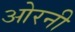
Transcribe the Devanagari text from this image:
ओरनी